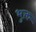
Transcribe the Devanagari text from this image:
भुक्त